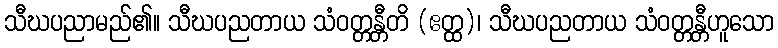
သီဃပညာမည်၏။ သီဃပညတာယ သံဝတ္တန္တီတိ (ဧတ္ထ)၊ သီဃပညတာယ သံဝတ္တန္တီဟူသော